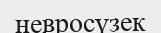
невросүзек